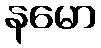
နမော